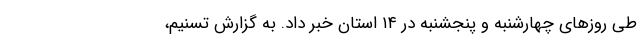
طی روزهای چهارشنبه و پنجشنبه در ۱۴ استان خبر داد. به گزارش تسنیم،